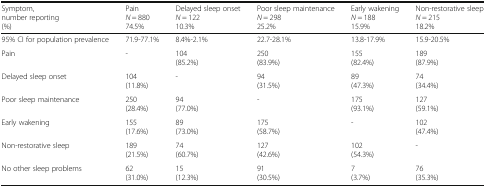
| Symptom,number reporting(%) | PainN = 88074.5% | Delayed sleep onsetN = 12210.3% | Poor sleep maintenanceN = 29825.2% | Early wakeningN = 18815.9% | Non-restorative sleepN = 21518.2% |
 | --- | --- | --- | --- | --- | --- |
 | 95% CI for population prevalence | 71.9-77.1% | 8.4%-2.1% | 22.7-28.1% | 13.8-17.9% | 15.9-20.5% |
 | Pain | - | 104(85.2%) | 250(83.9%) | 155(82.4%) | 189(87.9%) |
 | Delayed sleep onset | 104(11.8%) | - | 94(31.5%) | 89(47.3%) | 74(34.4%) |
 | Poor sleep maintenance | 250(28.4%) | 94(77.0%) | - | 175(93.1%) | 127(59.1%) |
 | Early wakening | 155(17.6%) | 89(73.0%) | 175(58.7%) | - | 102(47.4%) |
 | Non-restorative sleep | 189(21.5%) | 74(60.7%) | 127(42.6%) | 102(54.3%) | - |
 | No other sleep problems | 62(31.0%) | 15(12.3%) | 91(30.5%) | 7(3.7%) | 76(35.3%) |